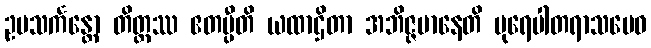
ဥပသင်္ကန္တော တိတ္ထဿ ဧတမ္ပီတိ ယထာဌိတာ အဘိဇ္ဇမာနေတိ ပုရေပါတရာသမေဝ